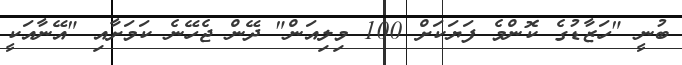
ބުނީ "ހަޒާޑުގެ ކޮންމެ ފަޔަކަށް 100 މިލިއަން" ދޭން ޖެހޭނެ ކަމަށާއި "އޭނާއަކީ